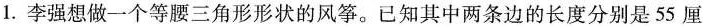
1.李强想做一个等腰三角形形状的风筝。已知其中两条边的长度分别是55厘